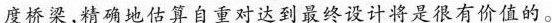
度桥梁，精确地估算自重对达到最终设计将是很有价值的。